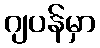
ဂျပန်မှာ